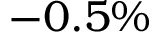
- 0 . 5 \%